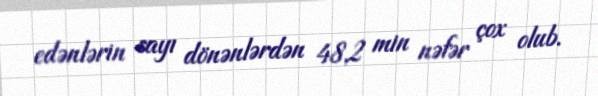
edənlərin sayı dönənlərdən 48,2 min nəfər çox olub.